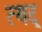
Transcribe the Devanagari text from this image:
त्यद्